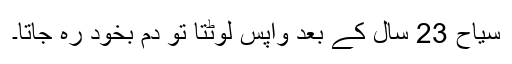
سیاح 23 سال کے بعد واپس لوٹتا تو دم بخود رہ جاتا۔